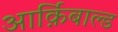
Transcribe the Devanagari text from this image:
आर्क़िबाल्ड